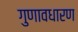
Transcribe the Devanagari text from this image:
गुणावधारण